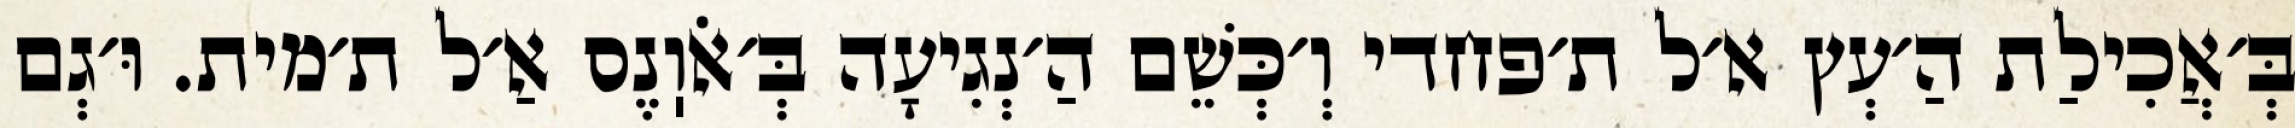
בְּ׳אֲכִילַת הַ׳עְץ א׳ל ת׳פחדי וְ׳כְּשֵׁם הַ׳נְגִיעָה בְּ׳אֹוֽנֶס אַ׳ל ת׳מית. וּ׳גְם